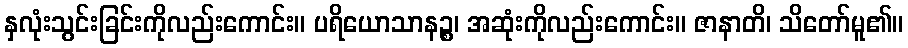
နှလုံးသွင်းခြင်းကိုလည်းကောင်း။ ပရိယောသာနဉ္စ၊ အဆုံးကိုလည်းကောင်း။ ဇာနာတိ၊ သိတော်မူ၏။